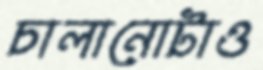
চালানোটাও